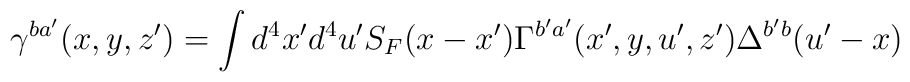
\gamma ^{ba^{\prime }}(x,y,z^{\prime })=\int d^4x^{\prime }d^4u^{\prime}S_F(x-x^{\prime })\Gamma ^{b^{\prime }a^{\prime }}(x^{\prime },y,u^{\prime},z^{\prime })\Delta ^{b^{\prime }b}(u^{\prime }-x)